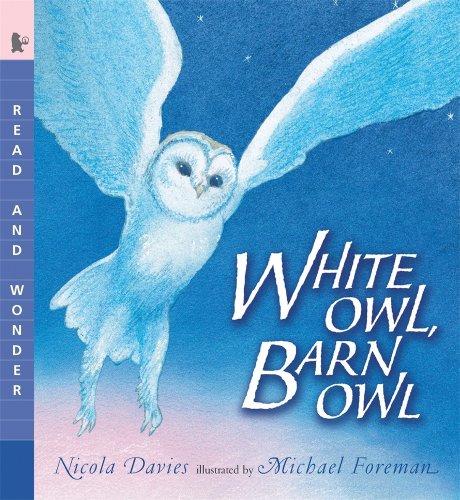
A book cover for White Owl, Barn Owl: Read and Wonder; Nicola Davies; Children's Books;